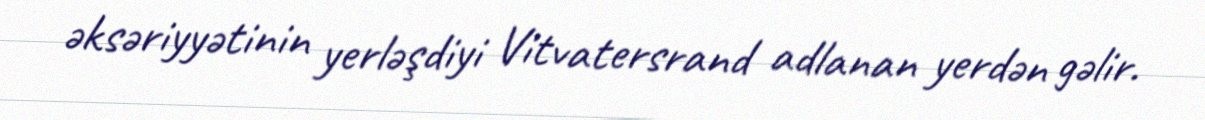
əksəriyyətinin yerləşdiyi Vitvatersrand adlanan yerdən gəlir.